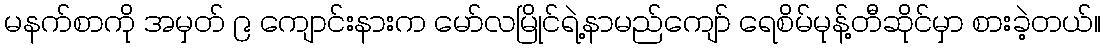
မနက်စာကို အမှတ် ၉ ကျောင်းနားက မော်လမြိုင်ရဲ့နာမည်ကျော် ရေစိမ်မုန့်တီဆိုင်မှာ စားခဲ့တယ်။